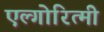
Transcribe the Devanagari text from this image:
एल्गोरित्मी